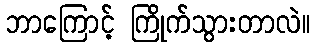
ဘာကြောင့် ကြိုက်သွားတာလဲ။